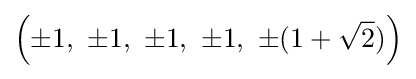
\left(\pm 1,\ \pm 1,\ \pm 1,\ \pm 1,\ \pm (1+{\sqrt {2}})\right)